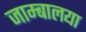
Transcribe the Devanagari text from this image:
जाम्बालया